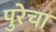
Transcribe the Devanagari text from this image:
पुरेचा